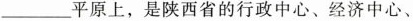
___平原上，是陕西省的行政中心、经济中心、